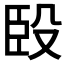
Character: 𰯯